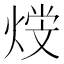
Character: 𤋩